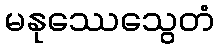
မနုဿေသွေတံ